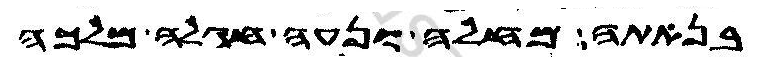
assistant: בנאתה מחלה ונעה חגלה מלכה